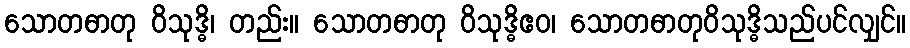
သောတဓာတု ဝိသုဒ္ဓိ၊ တည်း။ သောတဓာတု ဝိသုဒ္ဓိဧဝ၊ သောတဓာတုဝိသုဒ္ဓိသည်ပင်လျှင်။